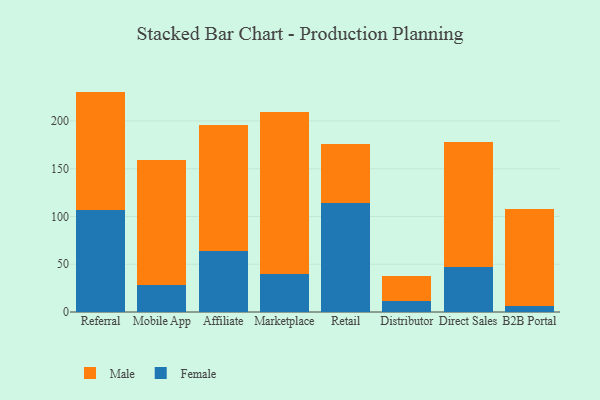
{"axis": {"x": "Channel", "y": "Conversion Rate (%)"}, "legend": ["Female", "Male"], "data": [{"x": "Referral", "y": 106.6, "type": "Female"}, {"x": "Referral", "y": 124.2, "type": "Male"}, {"x": "Mobile App", "y": 27.9, "type": "Female"}, {"x": "Mobile App", "y": 131.1, "type": "Male"}, {"x": "Affiliate", "y": 63.4, "type": "Female"}, {"x": "Affiliate", "y": 132.5, "type": "Male"}, {"x": "Marketplace", "y": 39.7, "type": "Female"}, {"x": "Marketplace", "y": 170.1, "type": "Male"}, {"x": "Retail", "y": 114.4, "type": "Female"}, {"x": "Retail", "y": 61.3, "type": "Male"}, {"x": "Distributor", "y": 11.5, "type": "Female"}, {"x": "Distributor", "y": 26.6, "type": "Male"}, {"x": "Direct Sales", "y": 46.7, "type": "Female"}, {"x": "Direct Sales", "y": 131.7, "type": "Male"}, {"x": "B2B Portal", "y": 6.2, "type": "Female"}, {"x": "B2B Portal", "y": 101.4, "type": "Male"}]}